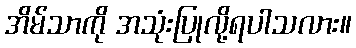
အိမ်သာကို အသုံးပြုလို့ရပါသလား။